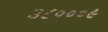
૩૮૦૦૦૯